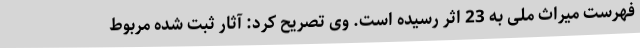
فهرست میراث ملی به 23 اثر رسیده است. وی تصریح کرد: آثار ثبت شده مربوط